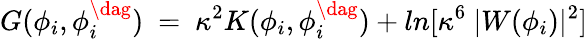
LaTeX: G(\phi_{i},\phi_{i}^{\dag})\ =\ \kappa^{2}K(\phi_{i},\phi_{i}^{\dag})+ln[\kappa^{6}\ |W(\phi_{i})|^{2}]